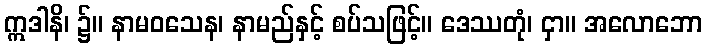
ဣဒါနိ၊ ၌။ နာမဝသေန၊ နာမည်နှင့် စပ်သဖြင့်။ ဒေဿတုံ၊ ငှာ။ အလောဘော